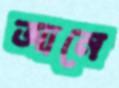
আনে